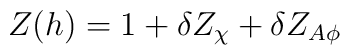
Z(h)=1+\delta Z_{\chi}+ \delta Z_{A\phi}